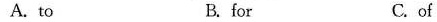
A. to B. for C. of